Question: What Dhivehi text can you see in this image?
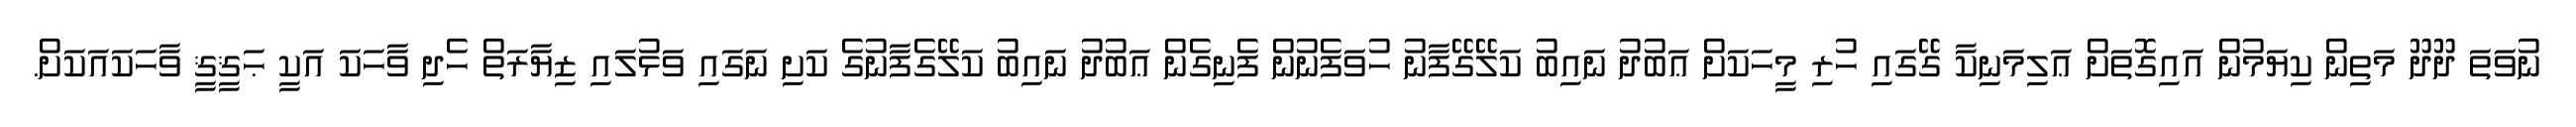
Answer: ނުވަތަ ދޫދޫ މަތިން ކިޔަމުން އައިގޮތަށް ޢަލިމަނިކާ ގޭގައި ހުރި މީހަކަށް ޢަބުދު ނައިބު ކަލޭގޭފާނު ހުވަފެނުން ފެނިގެން ޢަބުދު ނައިބު ކަލޭގެފާނުގެ ކަށި ނަގައި ވަޅުލައި ޒިޔާރަތް ހެދި ވާހަކަ އަކީ ޙަޤީޤީ ވާހަކައަކަށް.